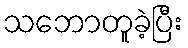
သဘောတူခဲ့ပြီး